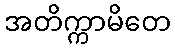
အတိက္ကာမိတေ